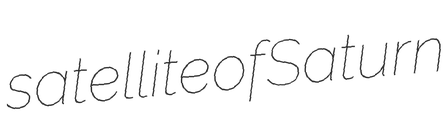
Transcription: satellite of Saturn